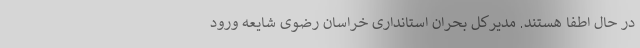
در حال اطفا هستند. مدیرکل بحران استانداری خراسان رضوی شایعه ورود